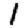
Digit: 1